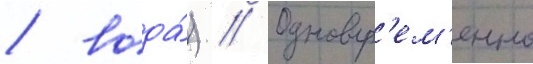
/ вода́) // Одновр'ем'енно